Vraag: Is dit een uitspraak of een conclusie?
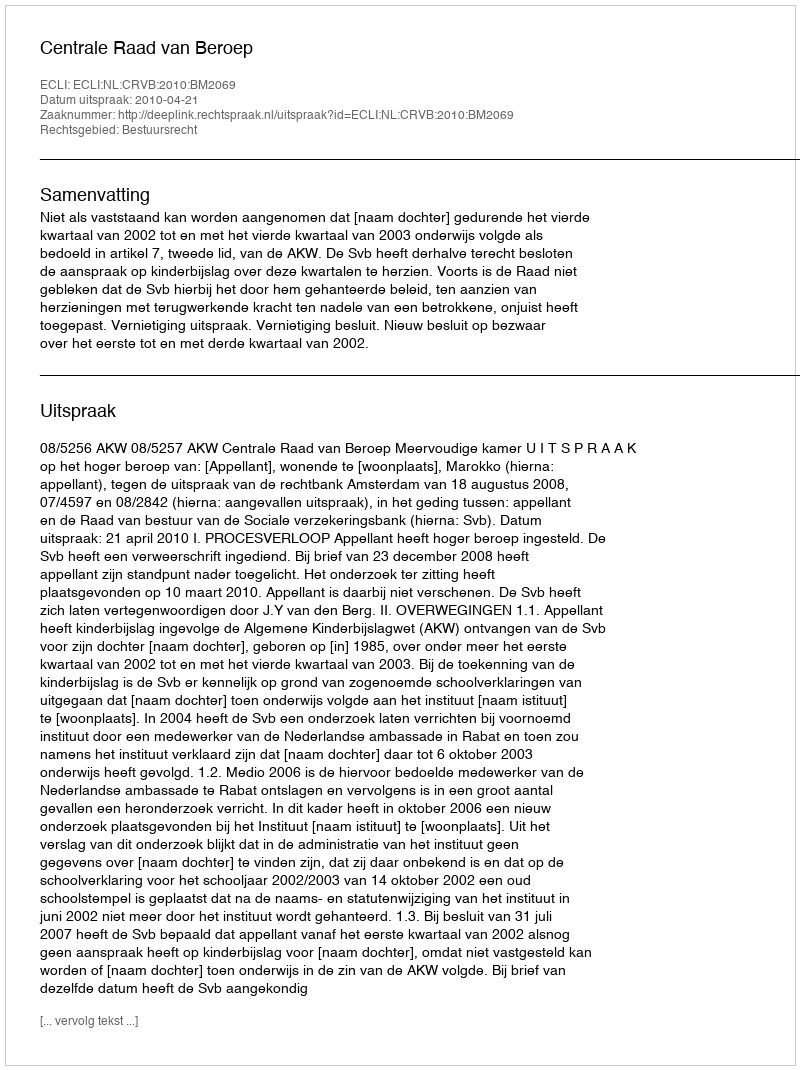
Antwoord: Uitspraak